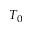
T _ { 0 }